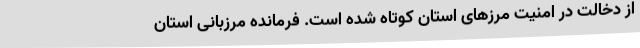
از دخالت در امنیت مرزهای استان کوتاه شده است. فرمانده مرزبانی استان